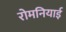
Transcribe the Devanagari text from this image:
रोमनियाई